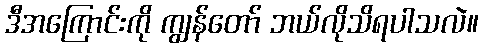
ဒီအကြောင်းကို ကျွန်တော် ဘယ်လိုသိရပါသလဲ။